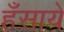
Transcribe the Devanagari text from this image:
हँसाये